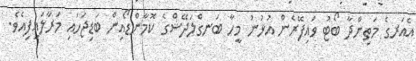
އެއަރގެ މަތިންދާ ބޯޓު ވައިފޭރެން އުޅުނު މީހާ ބަނގްލަދޭޝްގެ ކޮމާންޑޯއިން ބަޑިޖަހައި މަރާލައިފިއެވެ.